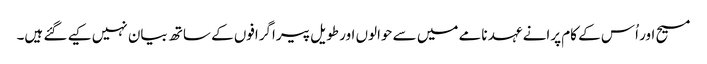
مسیح اور اُس کے کام پرانے عہد نامے میں سے حوالوں اور طویل پیراگرافوں کے ساتھ بیان نہیں کیے گئے ہیں۔